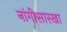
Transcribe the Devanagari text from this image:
नांगीसारखा